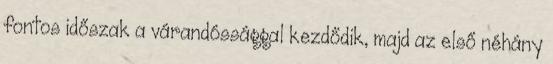
fontos időszak a várandóssággal kezdődik, majd az első néhány